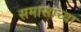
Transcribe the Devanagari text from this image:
समासाच्या